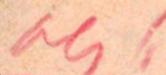
?